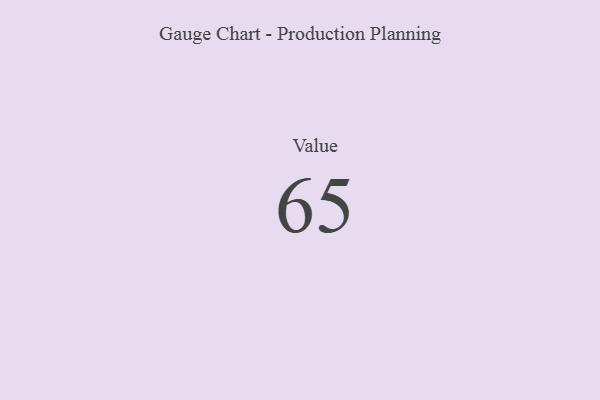
{"axis": {"x": "Metric", "y": "Value"}, "legend": [""], "data": [{"x": "Value", "y": 65, "type": ""}]}